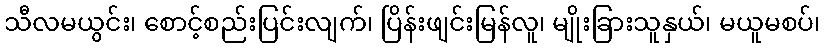
သီလမယွင်း၊ စောင့်စည်းပြင်းလျက်၊ ပြိန်းဖျင်းမြန်လူ၊ မျိုးခြားသူနှယ်၊ မယူမစပ်၊